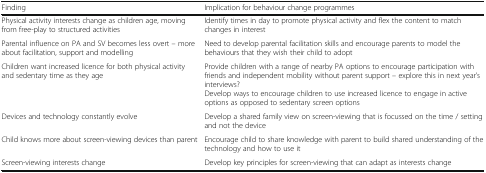
<table><thead><tr><td><b>Finding</b></td><td><b>Implication for behaviour change programmes</b></td></tr></thead><tbody><tr><td>Physical activity interests change as children age, moving from free-play to structured activities</td><td>Identify times in day to promote physical activity and flex the content to match changes in interest</td></tr><tr><td>Parental influence on PA and SV becomes less overt – more about facilitation, support and modelling</td><td>Need to develop parental facilitation skills and encourage parents to model the behaviours that they wish their child to adopt</td></tr><tr><td>Children want increased licence for both physical activity and sedentary time as they age</td><td>Provide children with a range of nearby PA options to encourage participation with friends and independent mobility without parent support – explore this in next year’s interviews?Develop ways to encourage children to use increased licence to engage in active options as opposed to sedentary screen options</td></tr><tr><td>Devices and technology constantly evolve</td><td>Develop a shared family view on screen-viewing that is focussed on the time / setting and not the device</td></tr><tr><td>Child knows more about screen-viewing devices than parent</td><td>Encourage child to share knowledge with parent to build shared understanding of the technology and how to use it</td></tr><tr><td>Screen-viewing interests change</td><td>Develop key principles for screen-viewing that can adapt as interests change</td></tr></tbody></table>